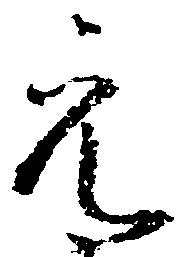
元